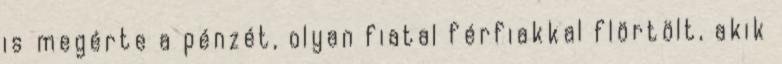
is megérte a pénzét, olyan fiatal férfiakkal flörtölt, akik